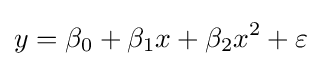
y=\beta _{0}+\beta _{1}x+\beta _{2}x^{2}+\varepsilon